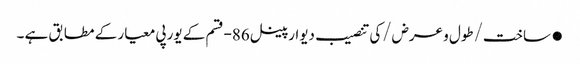
●ساخت/طول و عرض/کی تنصیب دیوار پینل 86-قسم کے یورپی معیار کے مطابق ہے ۔